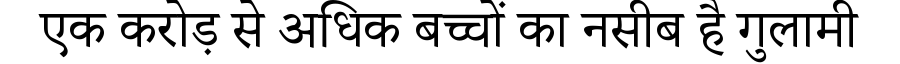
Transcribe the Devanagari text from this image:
एक करोड़ से अधिक बच्चों का नसीब है गुलामी